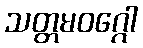
သတ္တမဝဂ္ဂေါ